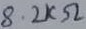
Text: 8.2KΩ